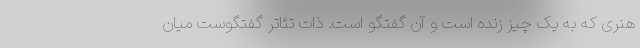
هنری که به یک چیز زنده است و آن گفتگو است. ذات تئاتر گفتگوست میان